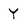
Character: Y